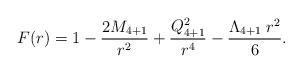
LaTeX: \begin{align*}F(r) = 1 - {2M_{4+1}\over r^2} + {Q_{4+1}^2\over r^4} - {\Lambda_{4+1} \; r^2\over 6}.\end{align*}